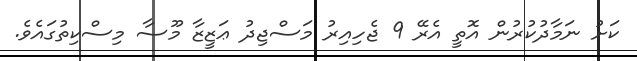
ކަށު ނަމާދުކުރުން އޮތީ އެރޭ 9 ޖެހިއިރު މަސްޖިދު ޢަޒީޒާ މޫސާ މިސްކިތުގައެވެ.